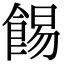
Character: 𩛿